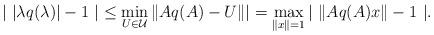
LaTeX: \begin{align*}| \ |\lambda q(\lambda)|- 1 \ | \le \min_{U \in \mathcal U} \| Aq(A) - U \|| =\max_{\|x\| =1} | \ \| Aq(A)x \| - 1 \ |.\end{align*}